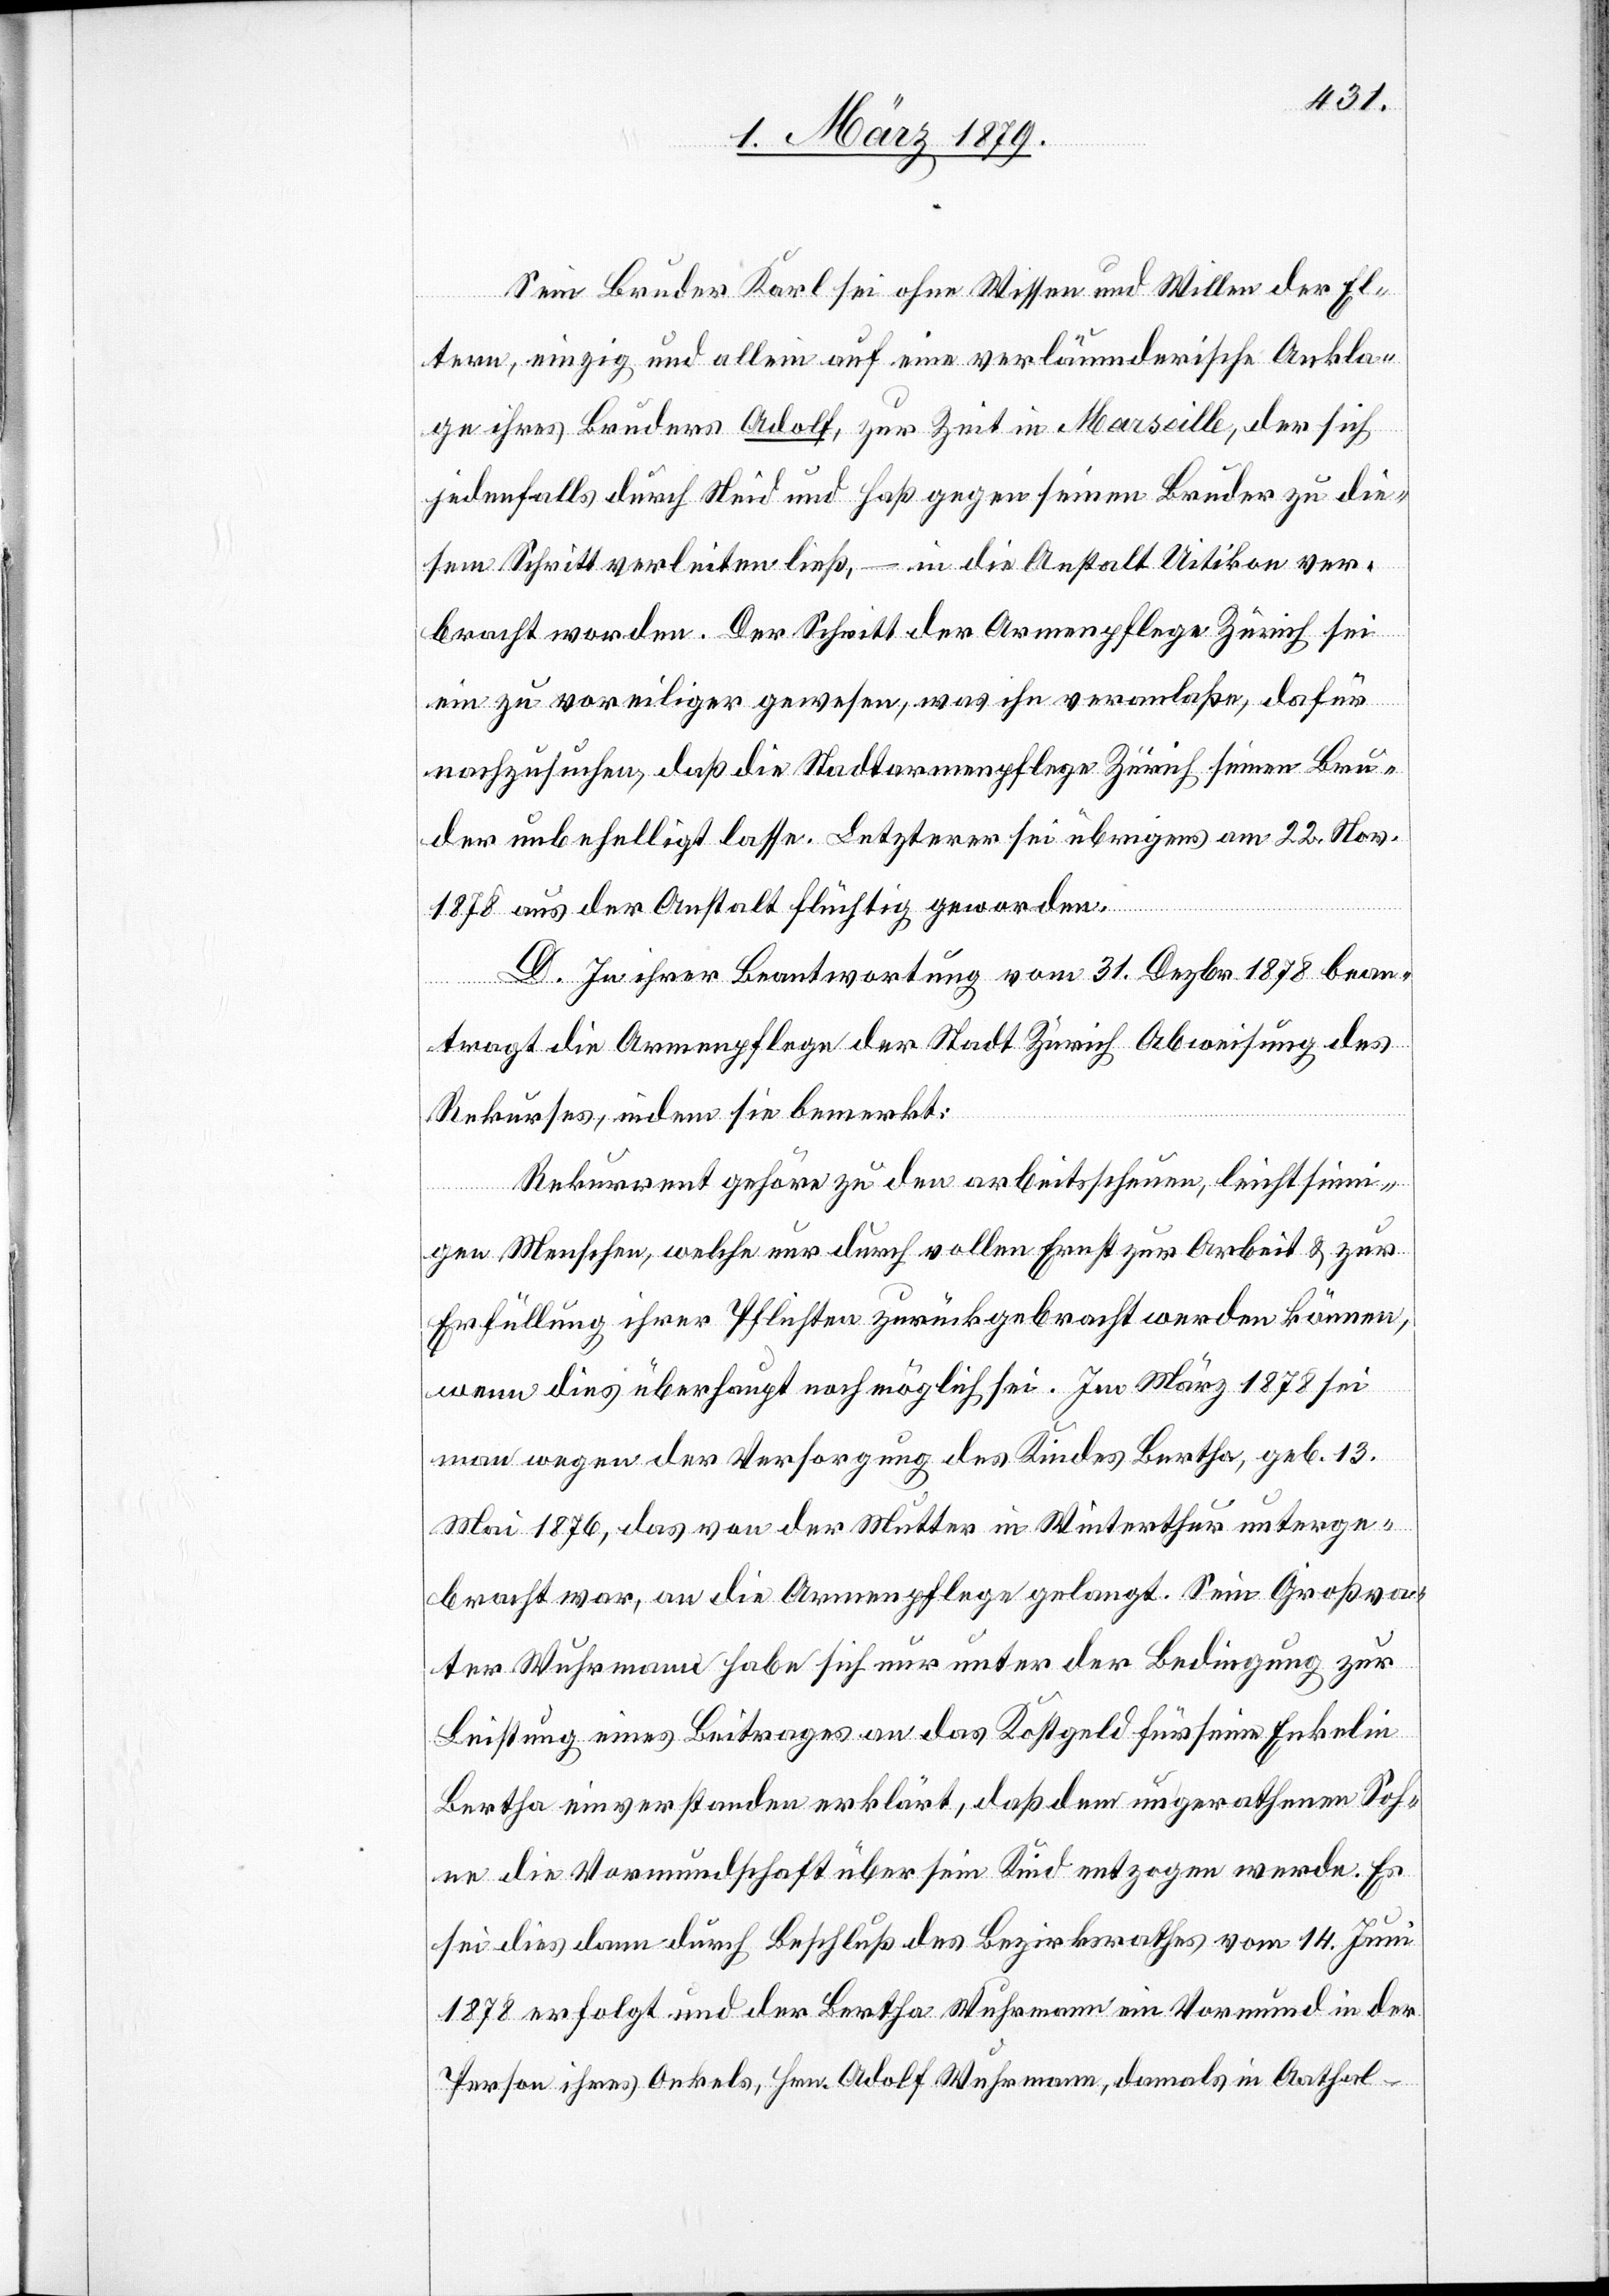
Sein Bruder Karl sei ohne Wissen und Willen der El¬
tern, einzig und allein auf eine verleumderische Ankla¬
ge ihres Bruders Adolf, zur Zeit in Marseille, der sich
jedenfalls durch Neid und Haß gegen seinen Bruder zu die¬
sem Schritt verleiten ließ, – in die Anstalt Uitikon ver¬
bracht worden. Der Schritt der Armenpflege Zürich sei
ein zu voreiliger gewesen, was ihn veranlaße, dafür
nachzusuchen, daß die Stadtarmenpflege Zürich seinen Bru¬
der unbehelligt lasse. Letzterer sei übrigens am 22. Nov.
1878 aus der Anstalt flüchtig geworden.
D. In ihrer Beantwortung vom 31. Dezbr. 1878 bean¬
tragt die Armenpflege der Stadt Zürich Abweisung des
Rekurses, indem sie bemerkt:
Rekurrent gehöre zu den arbeitsscheuen, leichtsinn¬
igen Menschen, welche nur durch vollen Ernst zur Arbeit & zur
Erfüllung ihrer Pflichten zurückgebracht werden können,
wenn dies überhaupt noch möglich sei. Im März 1878 sei
man wegen Versorgung des Kindes Bertha, geb. 13.
Mai 1876, das von der Mutter in Winterthur unterge¬
bracht war, an die Armenpflege gelangt. Sein Großva¬
ter Wuhrmann habe sich nur unter der Bedingung zur
Leistung eines Beitrages an das Kostgeld für seine Enkelin
Bertha einverstanden erklärt, daß dem ungerathenen Soh¬
ne die Vormundschaft über sein Kind entzogen werde. Es
sei dies dann durch Beschluß des Bezirksrathes vom 14. Juni
1878 erfolgt und der Bertha Wuhrmann ein Vormund in der
Person ihres Onkels, Hrn. Adolf Wuhrmann, damals in Aathal -